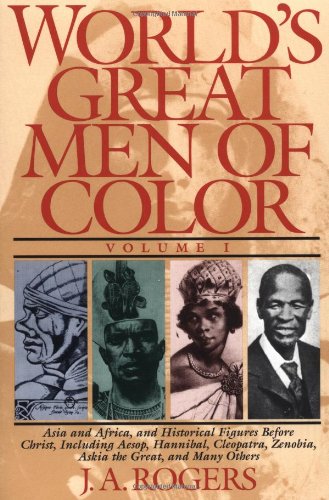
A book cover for World's Great Men of Color, Volume I: Asia and Africa, and Historical Figures Before Christ, Including Aesop, Hannibal, Cleopatra, Zenobia, Askia the Great, and Many Others; J. A. Rogers; Biographies & Memoirs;